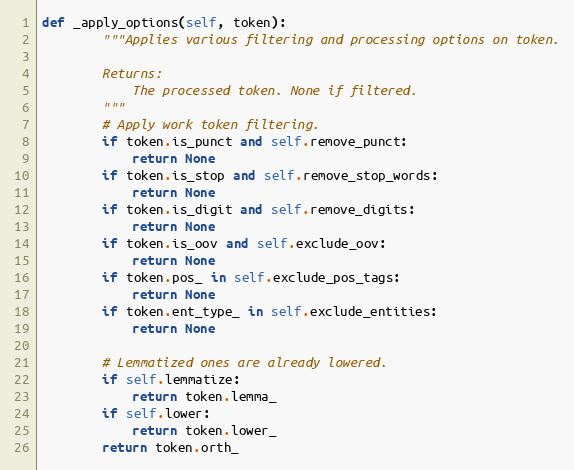
Language: Python
def _apply_options(self, token):
        """Applies various filtering and processing options on token.

        Returns:
            The processed token. None if filtered.
        """
        # Apply work token filtering.
        if token.is_punct and self.remove_punct:
            return None
        if token.is_stop and self.remove_stop_words:
            return None
        if token.is_digit and self.remove_digits:
            return None
        if token.is_oov and self.exclude_oov:
            return None
        if token.pos_ in self.exclude_pos_tags:
            return None
        if token.ent_type_ in self.exclude_entities:
            return None

        # Lemmatized ones are already lowered.
        if self.lemmatize:
            return token.lemma_
        if self.lower:
            return token.lower_
        return token.orth_